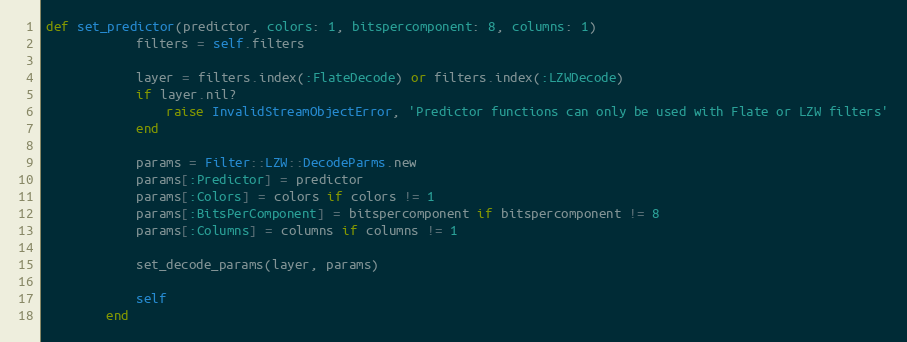
Language: Ruby
def set_predictor(predictor, colors: 1, bitspercomponent: 8, columns: 1)
            filters = self.filters

            layer = filters.index(:FlateDecode) or filters.index(:LZWDecode)
            if layer.nil?
                raise InvalidStreamObjectError, 'Predictor functions can only be used with Flate or LZW filters'
            end

            params = Filter::LZW::DecodeParms.new
            params[:Predictor] = predictor
            params[:Colors] = colors if colors != 1
            params[:BitsPerComponent] = bitspercomponent if bitspercomponent != 8
            params[:Columns] = columns if columns != 1

            set_decode_params(layer, params)

            self
        end